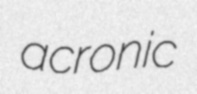
acronic